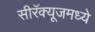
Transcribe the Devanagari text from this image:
सीरॅक्यूजमध्ये